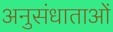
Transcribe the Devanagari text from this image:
अनुसंधाताओं